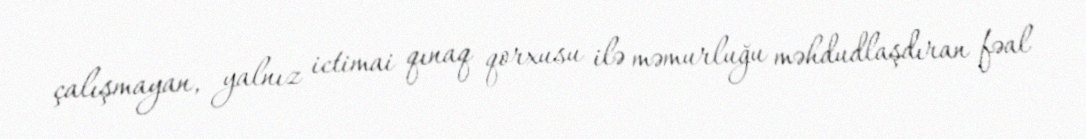
çalışmayan, yalnız ictimai qınaq qorxusu ilə məmurluğu məhdudlaşdıran fəal